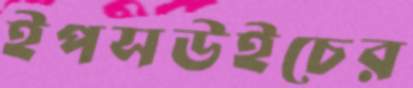
ইপসউইচের